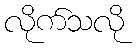
လိုက်သလို